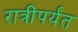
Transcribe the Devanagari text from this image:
रात्रींपर्यंत